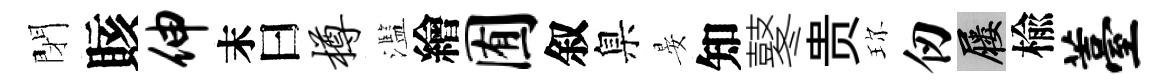
閉賅伸末曰樽濫繪囿叙臬晏知鼕贵珎仞屨楡薹